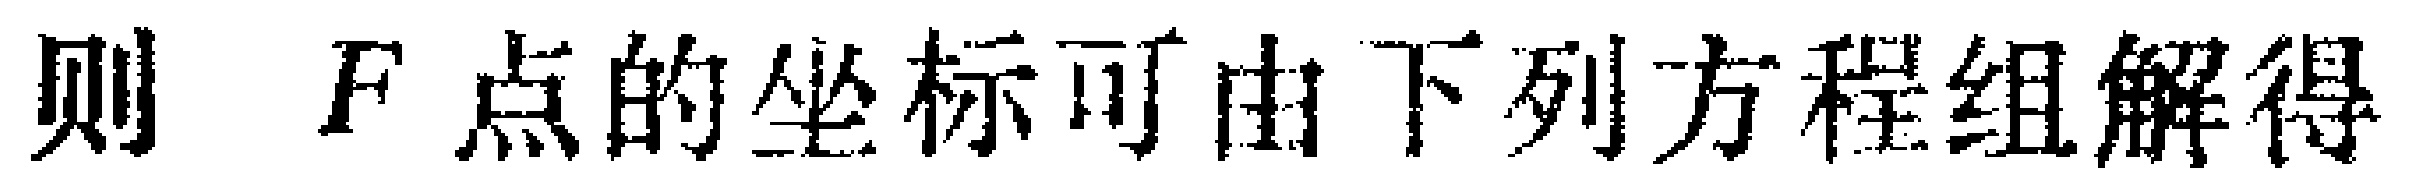
则 \(F\) 点的坐标可由下列方程组解得